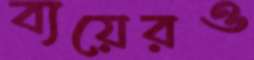
ব্যয়েরও